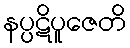
နပ္ပဋိပူဇေတိ